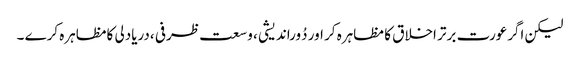
لیکن اگرعورت برتر اخلاق کا مظاہرہ کر اور دُوراندیشی ، وسعت ظرفی ،دریادلی کامظاہرہ کرے ۔